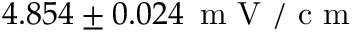
4 . 8 5 4 \pm 0 . 0 2 4 \, \mathrm { ~ m ~ V ~ / ~ c ~ m ~ }